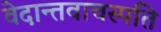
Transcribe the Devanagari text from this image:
वेदान्तवाचस्पति